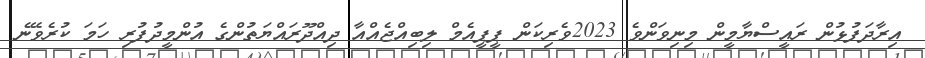
އިރާދަފުޅުން ރައީސްޔާމީން މިނިވަންވެ 2023ވެރިކަން ޕީޕީއެމް ލިބިއްޖެއްއާ ދިއްދޫރައްޔަތުންގެ އުންމީދުފުރި ހަމަ ކުރެވޭނެ